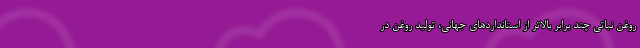
روغن نباتی چند برابر بالاتر از استانداردهای جهانی، تولید روغن در